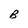
Character: B